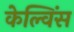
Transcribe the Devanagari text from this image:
केल्विंस